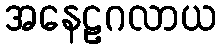
အနေဠဂလာယ